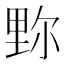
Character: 𨤧